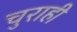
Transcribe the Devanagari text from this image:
चुराही